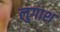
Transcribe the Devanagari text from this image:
लुगाश